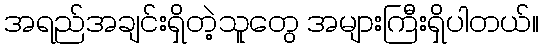
အရည်အချင်းရှိတဲ့သူတွေ အများကြီးရှိပါတယ်။